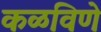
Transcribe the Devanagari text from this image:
कळविणे